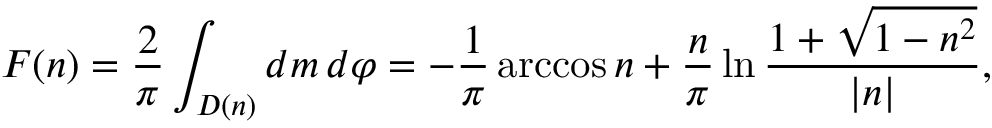
F ( n ) = \frac { 2 } { \pi } \int _ { D ( n ) } d m \, d \varphi = - \frac { 1 } { \pi } \operatorname { a r c c o s } n + \frac { n } { \pi } \ln \frac { 1 + \sqrt { 1 - n ^ { 2 } } } { | n | } ,